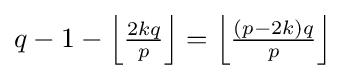
\textstyle q-1-\left\lfloor {\frac {2kq}{p}}\right\rfloor =\left\lfloor {\frac {(p-2k)q}{p}}\right\rfloor